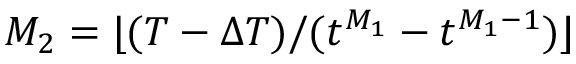
M _ { 2 } = \lfloor ( T - \Delta T ) / ( t ^ { M _ { 1 } } - t ^ { M _ { 1 } - 1 } ) \rfloor